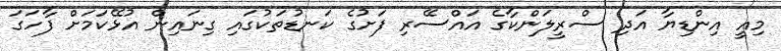
މިއީ އިންޑިޔާ އަދި ސްރީލަންކާގެ އައްސޭރި ފަށުގެ ކަނޑުތަކުގައި ގިނައިން އުޅޭކަމަށް ފާހަގަ